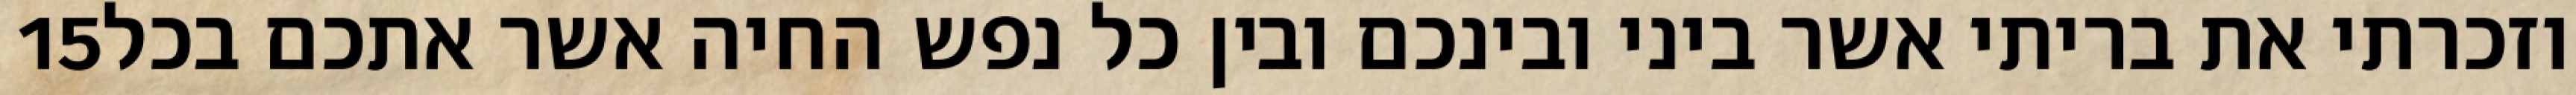
‎15‏ וזכרתי את בריתי אשר ביני ובינכם ובין כל נפש החיה אשר אתכם בכל